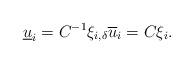
LaTeX: \begin{align*}\underline{u}_{i}=C^{-1}\xi _{i,\delta }\overline{u}_{i}=C\xi _{i}. \end{align*}